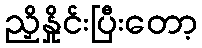
ညှိနှိုင်းပြီးတော့